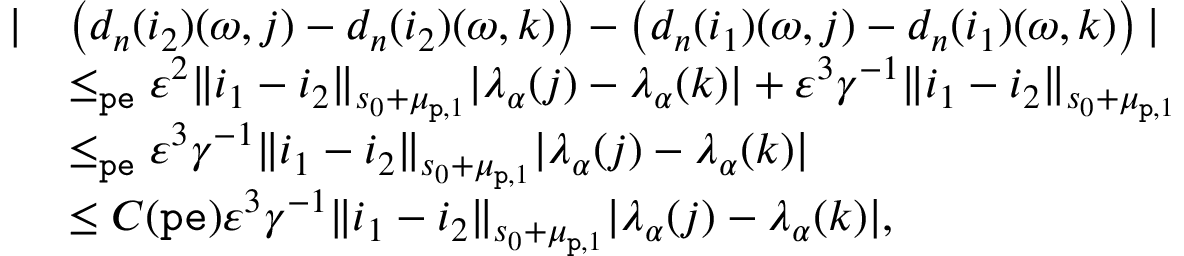
\begin{array} { r l } { | } & { \left( d _ { n } ( i _ { 2 } ) ( \omega , j ) - d _ { n } ( i _ { 2 } ) ( \omega , k ) \right) - \left( d _ { n } ( i _ { 1 } ) ( \omega , j ) - d _ { n } ( i _ { 1 } ) ( \omega , k ) \right) | } \\ & { \le _ { \mathtt { p e } } \varepsilon ^ { 2 } \rVert i _ { 1 } - i _ { 2 } \rVert _ { s _ { 0 } + \mu _ { \mathtt { p } , 1 } } | \lambda _ { \alpha } ( j ) - \lambda _ { \alpha } ( k ) | + \varepsilon ^ { 3 } \gamma ^ { - 1 } \rVert i _ { 1 } - i _ { 2 } \rVert _ { s _ { 0 } + \mu _ { \mathtt { p } , 1 } } } \\ & { \le _ { \mathtt { p e } } \varepsilon ^ { 3 } \gamma ^ { - 1 } \rVert i _ { 1 } - i _ { 2 } \rVert _ { s _ { 0 } + \mu _ { \mathtt { p } , 1 } } | \lambda _ { \alpha } ( j ) - \lambda _ { \alpha } ( k ) | } \\ & { \le C ( { \mathtt { p e } } ) \varepsilon ^ { 3 } \gamma ^ { - 1 } \rVert i _ { 1 } - i _ { 2 } \rVert _ { s _ { 0 } + \mu _ { \mathtt { p } , 1 } } | \lambda _ { \alpha } ( j ) - \lambda _ { \alpha } ( k ) | , } \end{array}